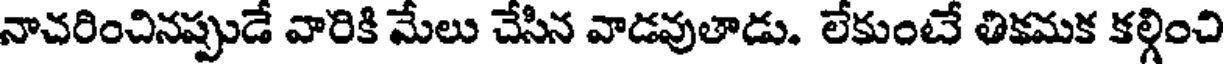
నాచరించినప్పుడే వారికి మేలు చేసిన వాడవుతాడు. లేకుంటే తికమక కల్గించి